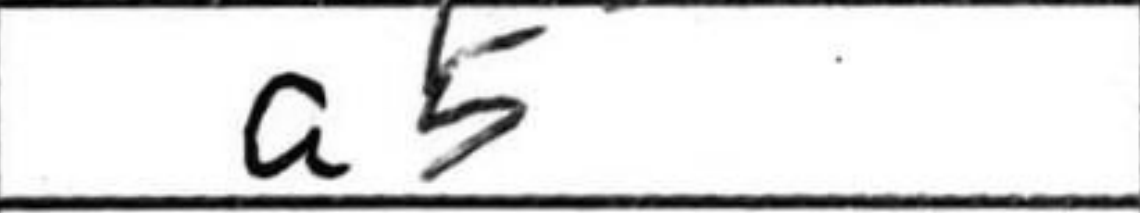
Transcription: a5